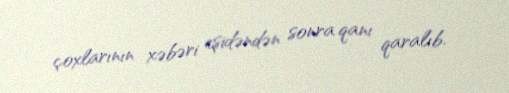
çoxlarının xəbəri eşidəndən sonra qanı qaralıb.